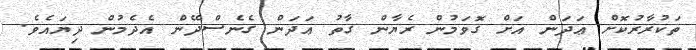
ތަކުރާރުކޮށް ޢަދަން އަށް ގޮވަމުން ރެޔާން ގާތު ޢަދަން ގެނެސްދޭން އެދެމުން ދިޔައެވެ.